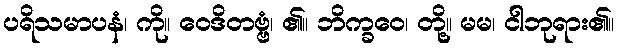
ပရိသမာပနံ၊ ကို။ ဝေဒိတဗ္ဗံ၊ ၏။ ဘိက္ခဝေ၊ တို့။ မမ၊ ငါဘုရား၏။